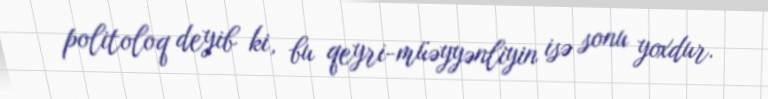
politoloq deyib ki, bu qeyri-müəyyənliyin isə sonu yoxdur.